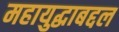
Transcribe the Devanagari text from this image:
महायुद्धाबद्दल